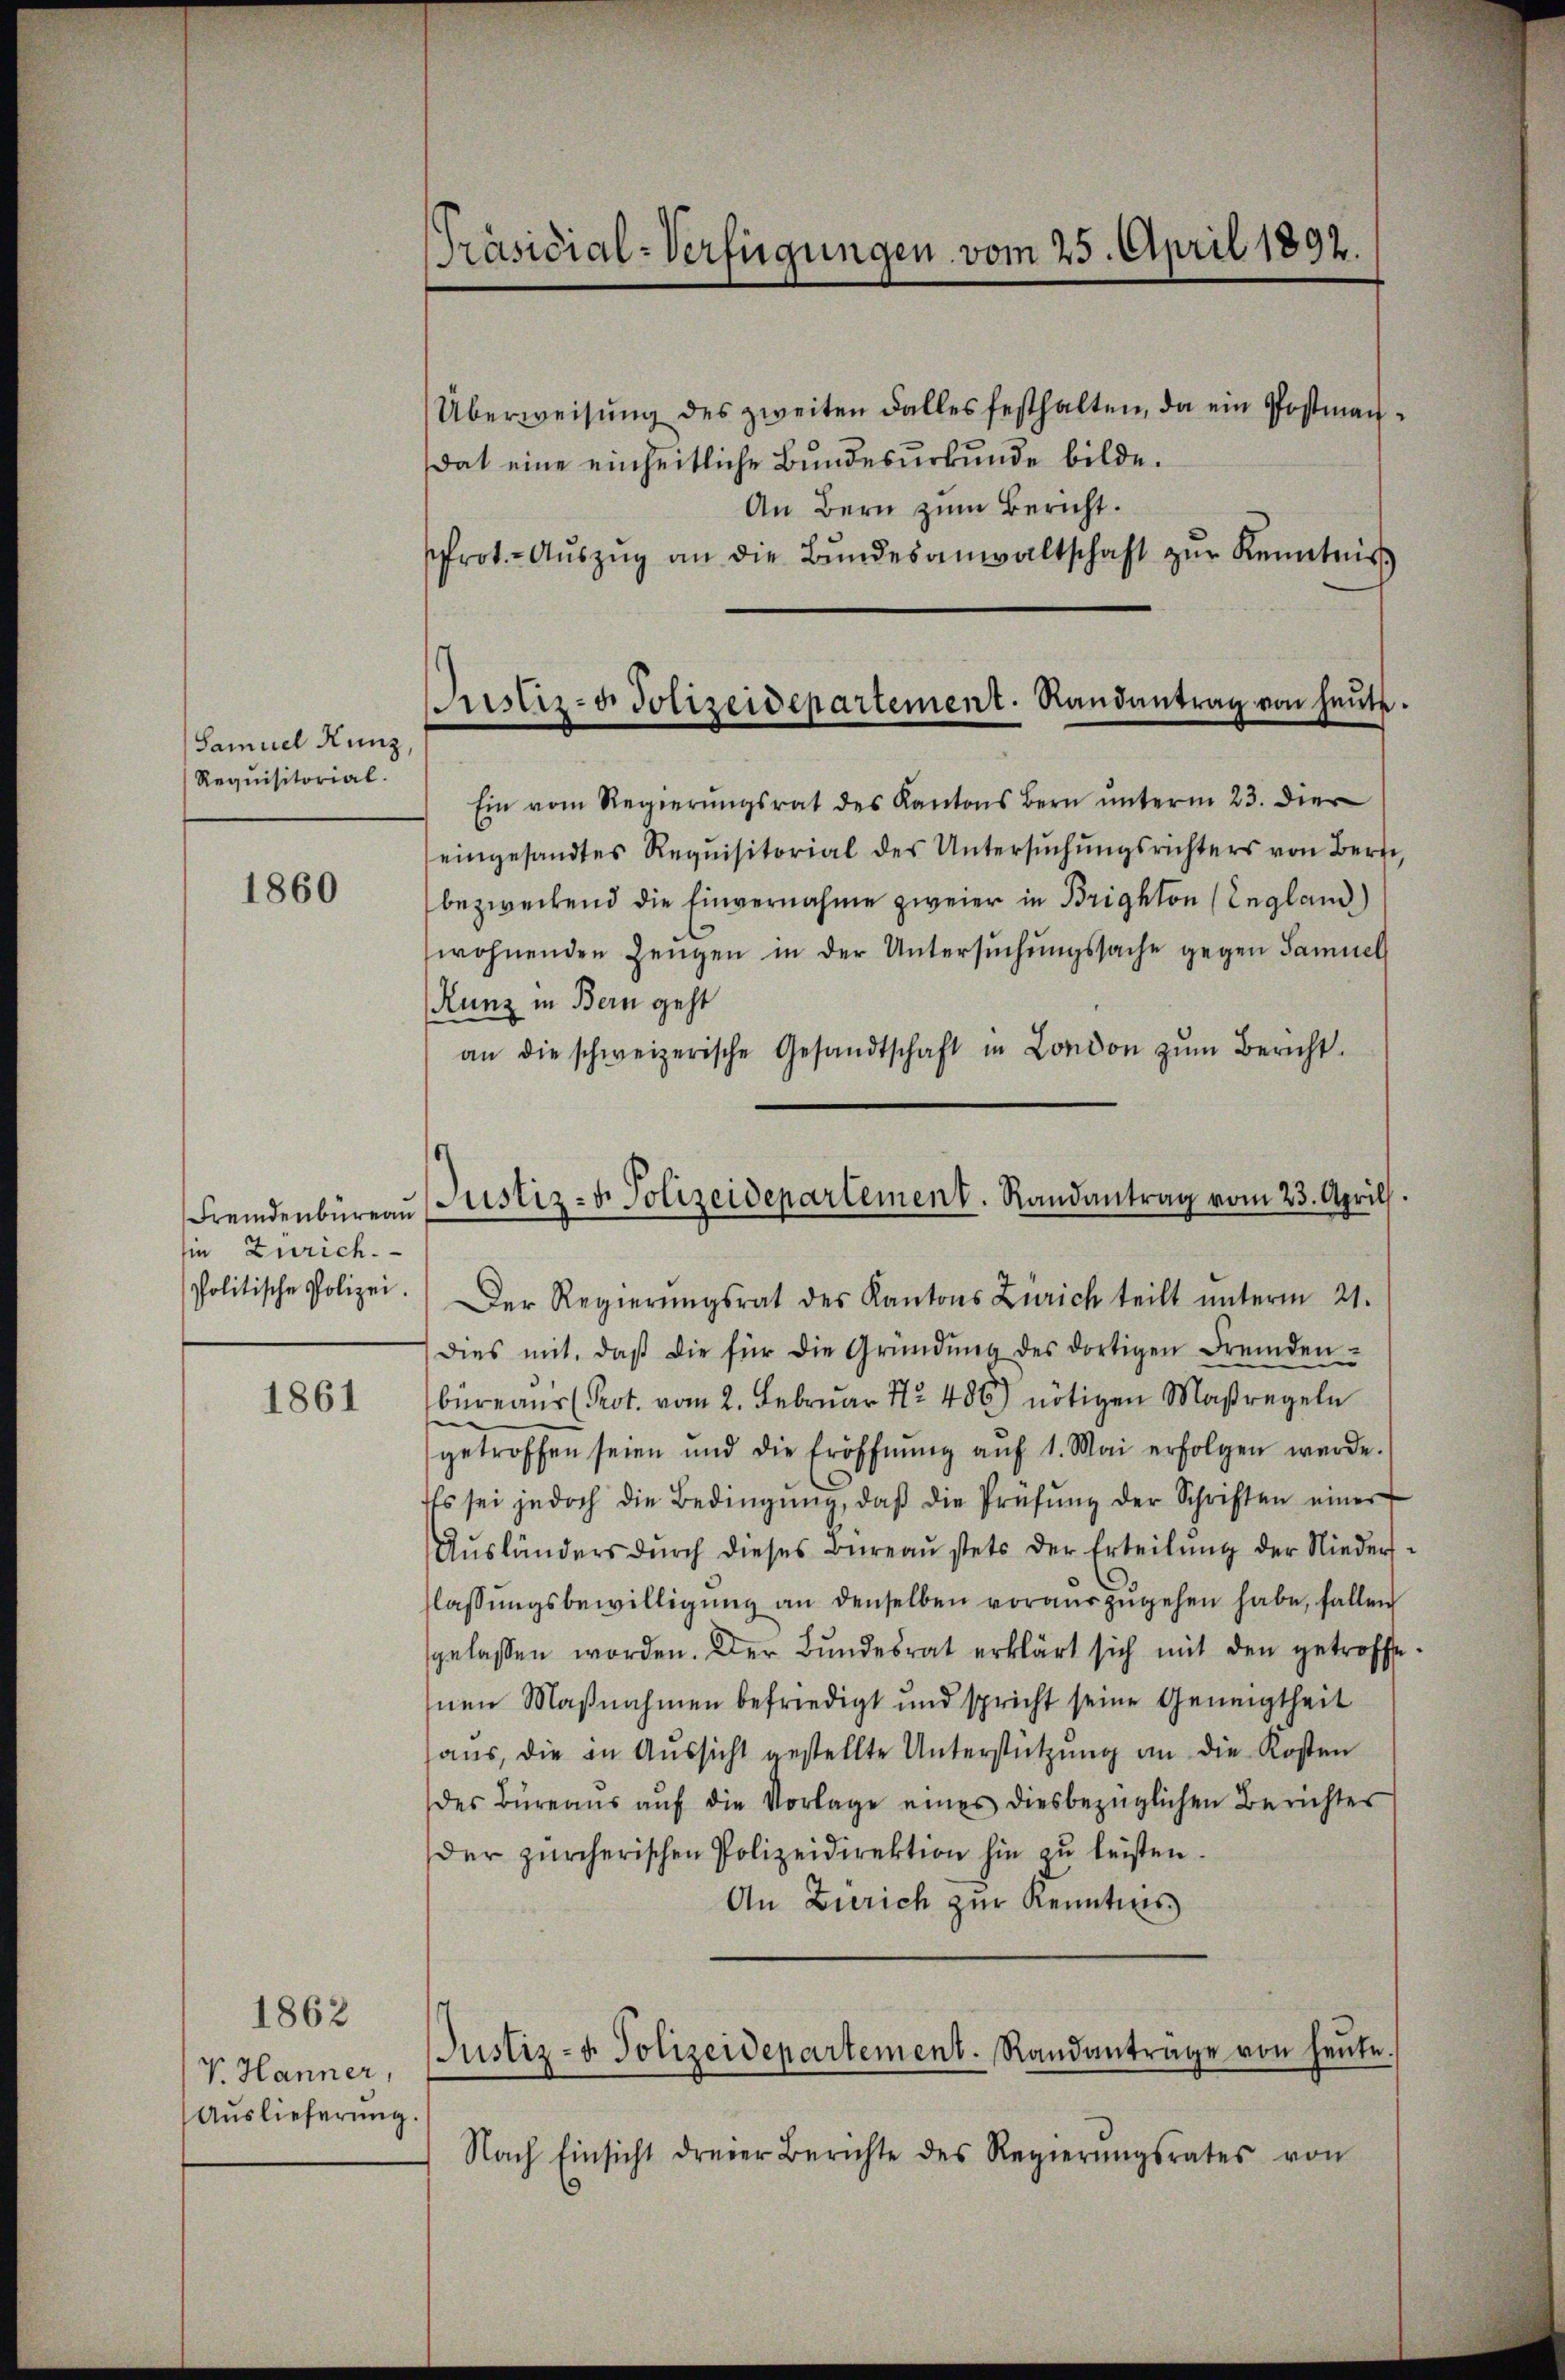
Samuel Kunz
Requisitorial.

1860

Fremdenbureau
sie Zürich.
Politische Polizei.

1861

1862
V. Hanner,
Auslieferung.

[Präsidial-Verfügungen vom 25. April 1892.

Überweisung des zweiten Falles festhalten, da ein Postmandat eine einheitliche Bundesurkunde bilde.
An Bern zum Bericht.
sprot.- Aŭszŭg an die Bŭndesanwaltschaft zŭr Kenntnis
Ein vom Regierŭngsrat des Kantons Bern ŭnterm 23. die
eingesandtes Requisitorial des Untersŭchŭngsrichters von Bern
bezweckend die Einvernahme zweier in Brighton (England)
wohnenden Zeugen in der Untersŭchŭngssache gegen Samuel
Kunz in Bern geht
an die schweizerische Gesandtschaft in London zŭm Bericht.
Der Regierŭngsrat des Kantons Zürich teilt ŭnterm 21.
dies mit, daβ die für die Gründŭng des dortigen Fremden-
büreaŭr (Prot. vom 2. Februar Nr. 486) nötigen Maßregeln
getroffen seien und die Eröffnŭng aŭf 1. Mai erfolgen werde.
Es sei jedoch die Bedingŭng, daβ die Prüfŭng der Schriften einer
Aŭsländers dŭrch dieses Büreaŭ stets der Erteilŭng der Nieder-
flassŭngsbewilligŭng an denselben voraŭszŭgehen habe, fallen
gelassen worden. Der Bŭndesrat erklärt sich mit den getroffe
nen Maßnahmen befriedigt und spricht seine Geneigtheit
haus, die in Aussicht gestellte Unterstützung an die Kosten
des Büreaŭs aŭf die Vorlage eines diesbezüglichen Berichter
der zürcherischen Polizeidirektion hin zŭ leisten.
An Zürich zur Kenntnis
Nach Einsicht dreier Berichte des Regierŭngsrates von

Justiz- u. Polizeidepartement. Randantrag von heŭte.

Justiz- & Polizeidepartement. Randantrag vom 23. Aprill.

Justiz- u. Polizeidepartement. Randantrage von heŭte.